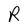
Character: R